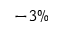
- 3 \%